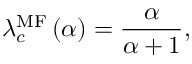
\lambda _ { c } ^ { \mathrm { M F } } \left( \alpha \right) = \frac { \alpha } { \alpha + 1 } ,